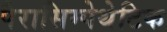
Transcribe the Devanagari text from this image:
पैरासिम्पेथेटिक